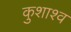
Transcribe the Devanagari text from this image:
कुशाश्व